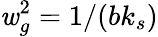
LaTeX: \mathit{w}_{g}^{2}=1/(bk_{s})